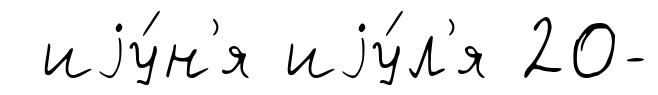
иjу́н'я иjу́л'я 20-